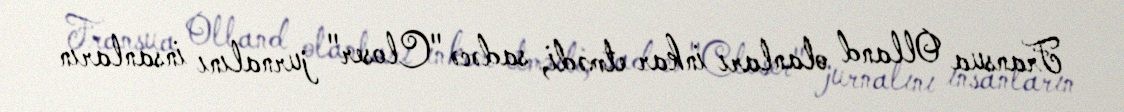
Fransua Olland olanları inkar etmədi, sadəcə "Closer" jurnalını insanların